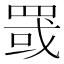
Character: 罭